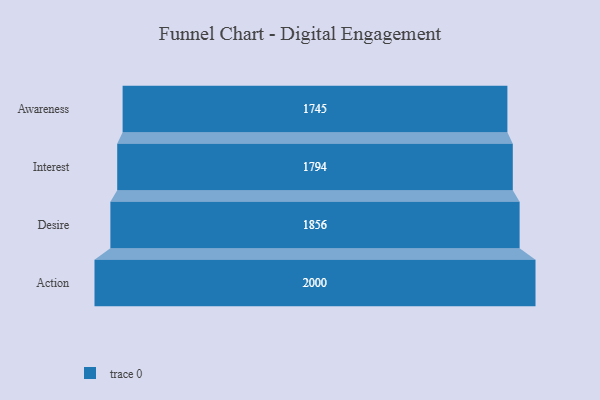
{"axis": {"x": "Stage", "y": "Value"}, "legend": [""], "data": [{"x": "Awareness", "y": 1745.0, "type": ""}, {"x": "Interest", "y": 1794.0, "type": ""}, {"x": "Desire", "y": 1856.0, "type": ""}, {"x": "Action", "y": 2000, "type": ""}]}